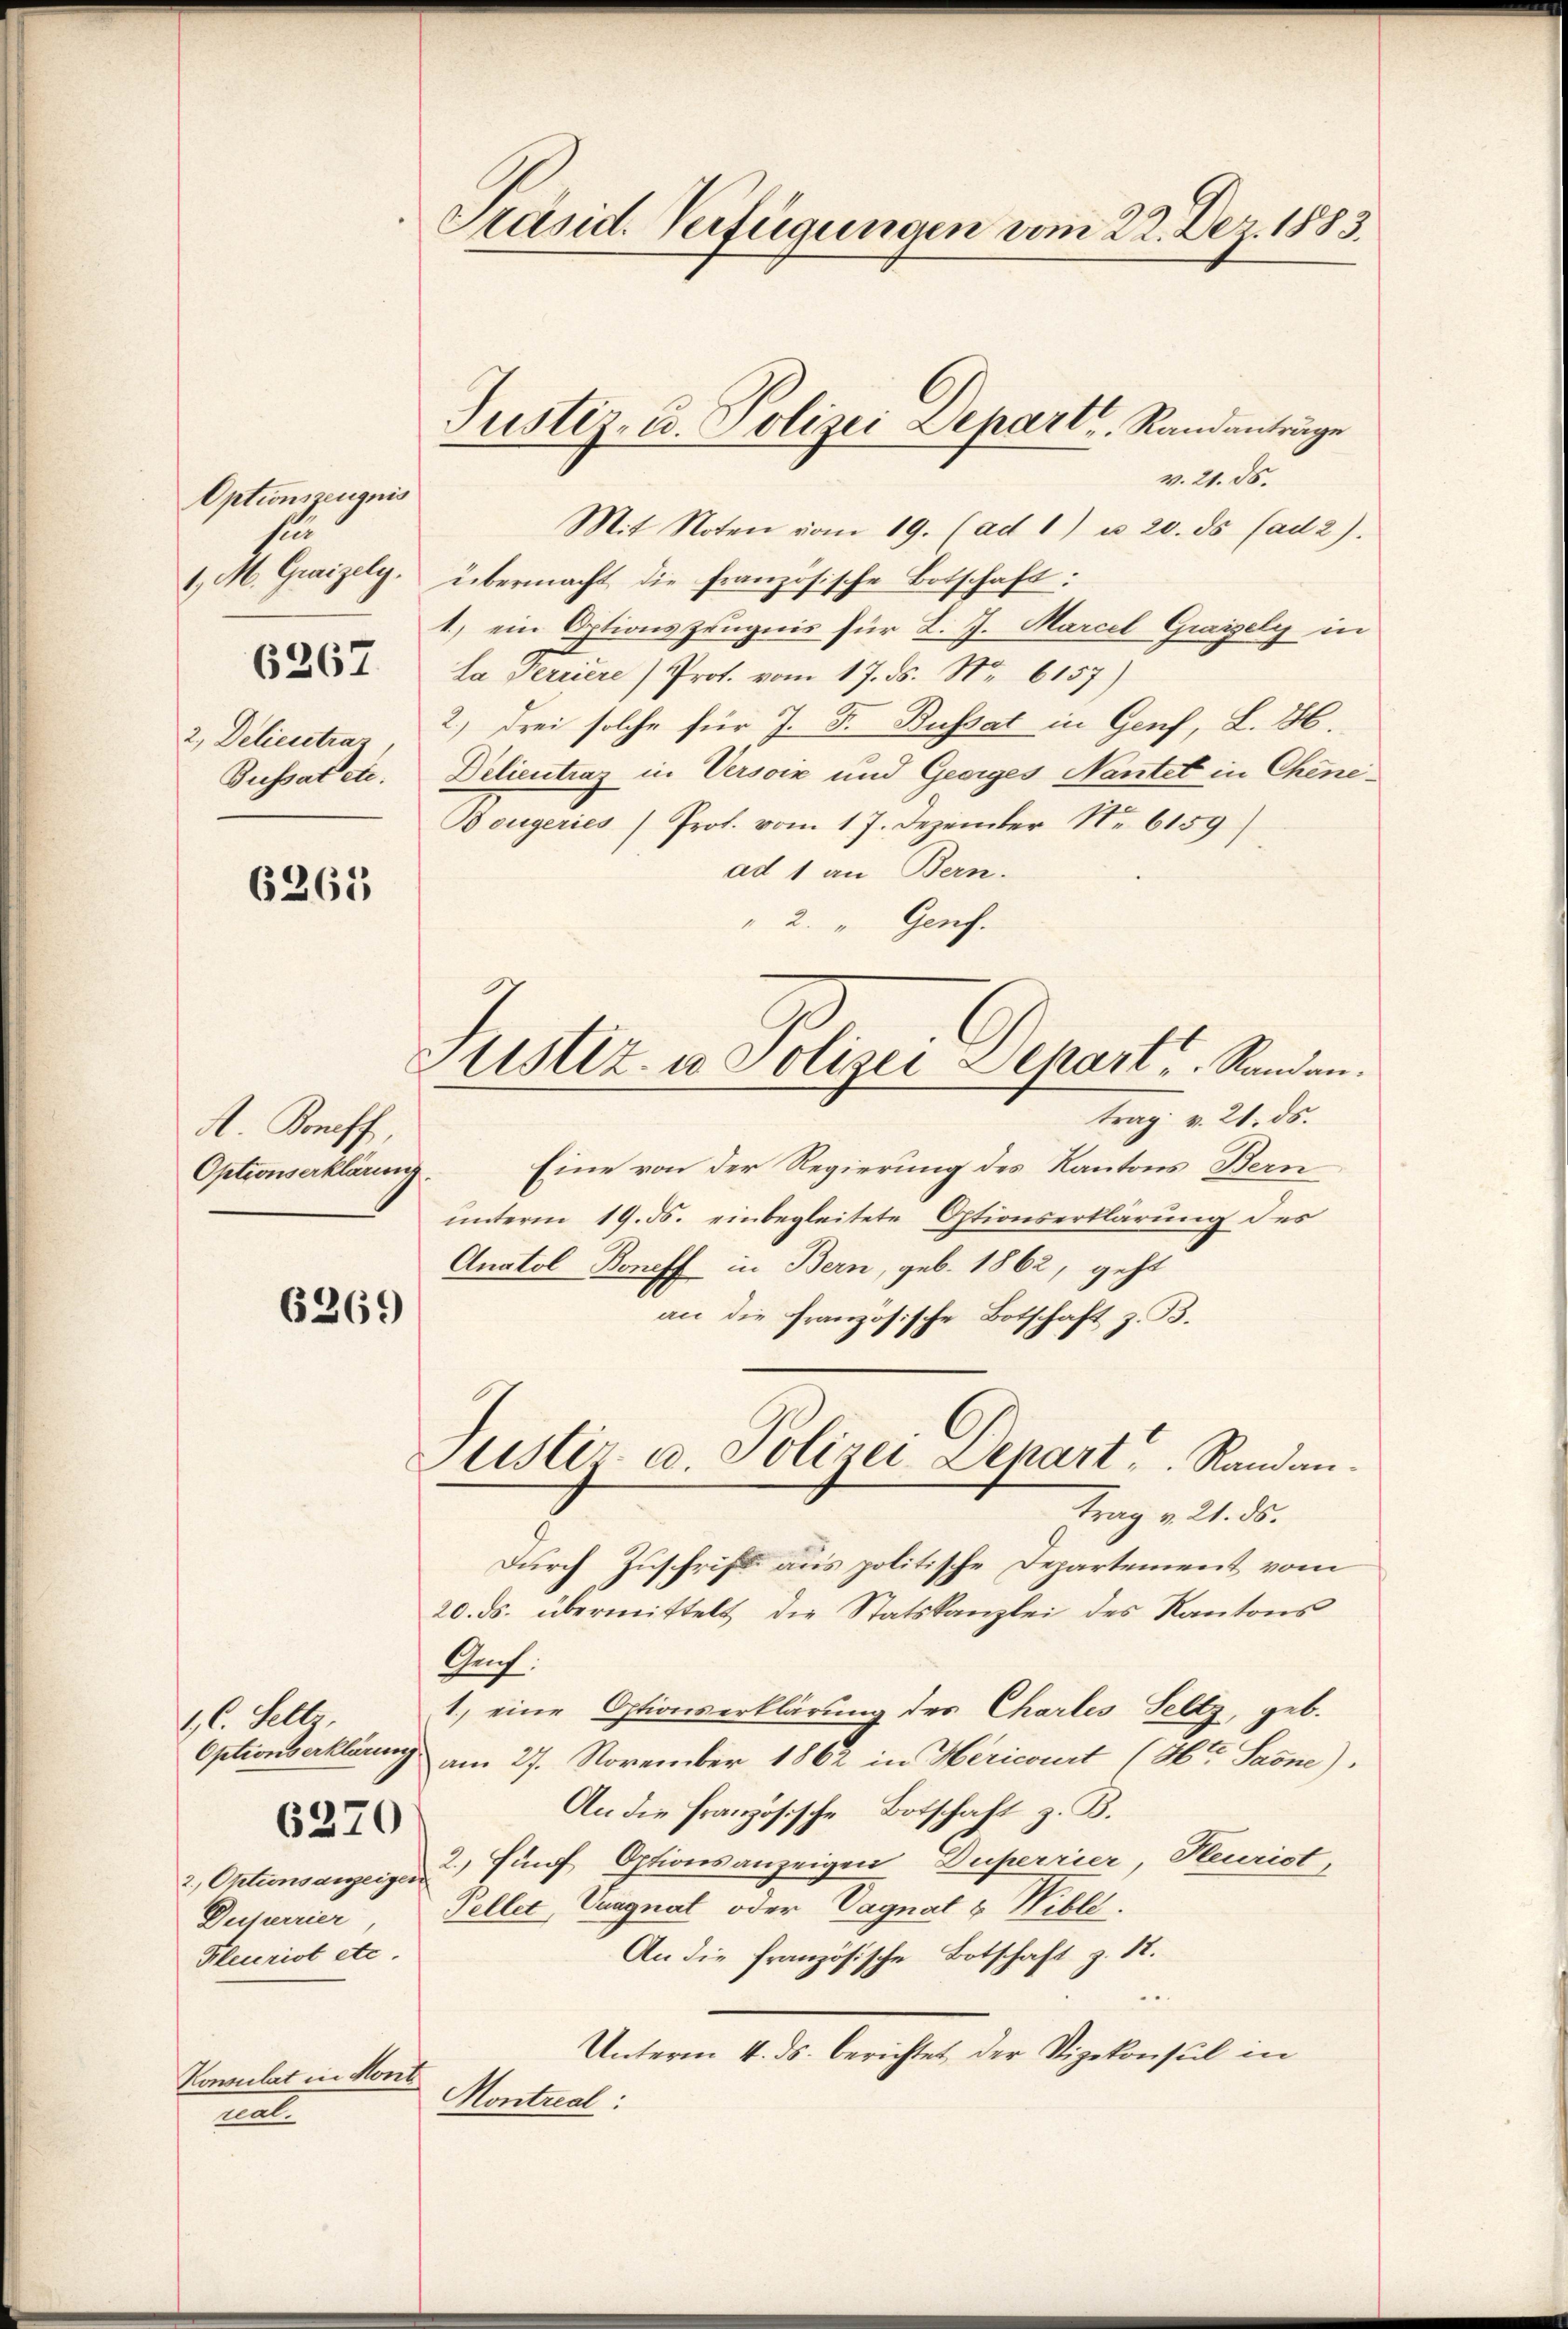
Optionszeugnis
sen

Konsulat in Kont
ta

6263

A Boneff
Optionserklärung.

1. C. Sell

Duperrier
Kleurist etc.

Mit Noten vom 19. (ad 1) u. 20. ds (ad2).
1. M. Graizely. übermacht die französische Botschaft:
1.) ein Optionszeugnis für L. J. Marcel Grazely in
La Ferriere) Prof. vom 17. ds. Nr. 6157)
2., Delieutra 2) drei solche für J. F. Bussat in Genf, L. 86.
Bussatete. Delientraz in Versoin und Georges Nantet in Chene¬
Bougeries Prof. vom 17. Dezember Nr 6159)
ad 1 an Bern.
"2. " Genf.
trag v. 21. ds.
Eine von der Regierung des Kantons Bern
unterm 19. ds. einbegleitete Optionserklärung des
Anatol Boneff in Bern, geb. 1862, geht
6369
an die französische Botschaft z. B.
Justiz u. Polizei-Depart. Randantrag v. 21. ds.
Durch Zuschrift aus politische Departement vom
20. ds. übermittelt die Statskanzlei des Kantons
Auch
1.) eine Optionserklärung des Chartes Seltz, geb.
Optionserklärung am 27. November 1862 in Hericourt (Ht Saone)
An die Französische Botschaft z. B.
6270
2. Oktensanzeige fünf Optionsanzeigen Duperrier, Heurist,
Fellet, Vuagnat oder Vagnat & Wille.
An die französische Botschaft z. 12.
Unterm 4. ds. berichtet, der Vizekonsul in
Montreal:

Präsid. Verfügungen vom 22. Dez. 1883.

Justiz- u. Polizei Depart Randanträge
v. 21. ds.

Justiz- u Polizei Departe. Standen.